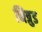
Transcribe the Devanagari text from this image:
नित्रुड